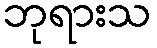
ဘုရားသ